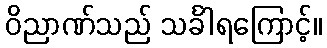
ဝိညာဏ်သည် သင်္ခါရကြောင့်။